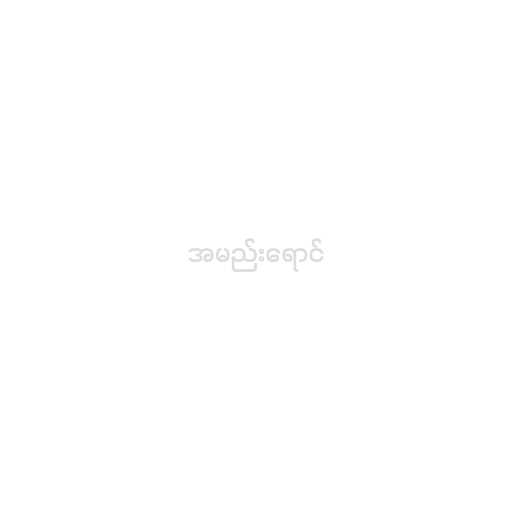
အမည်းရောင်